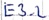
Text: E3.2